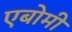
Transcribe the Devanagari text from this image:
एबोमी